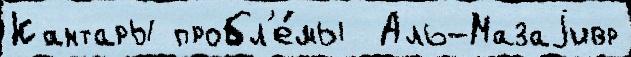
Кантары пробл'е́мы  Аль-Мазаjивр